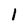
Character: 1